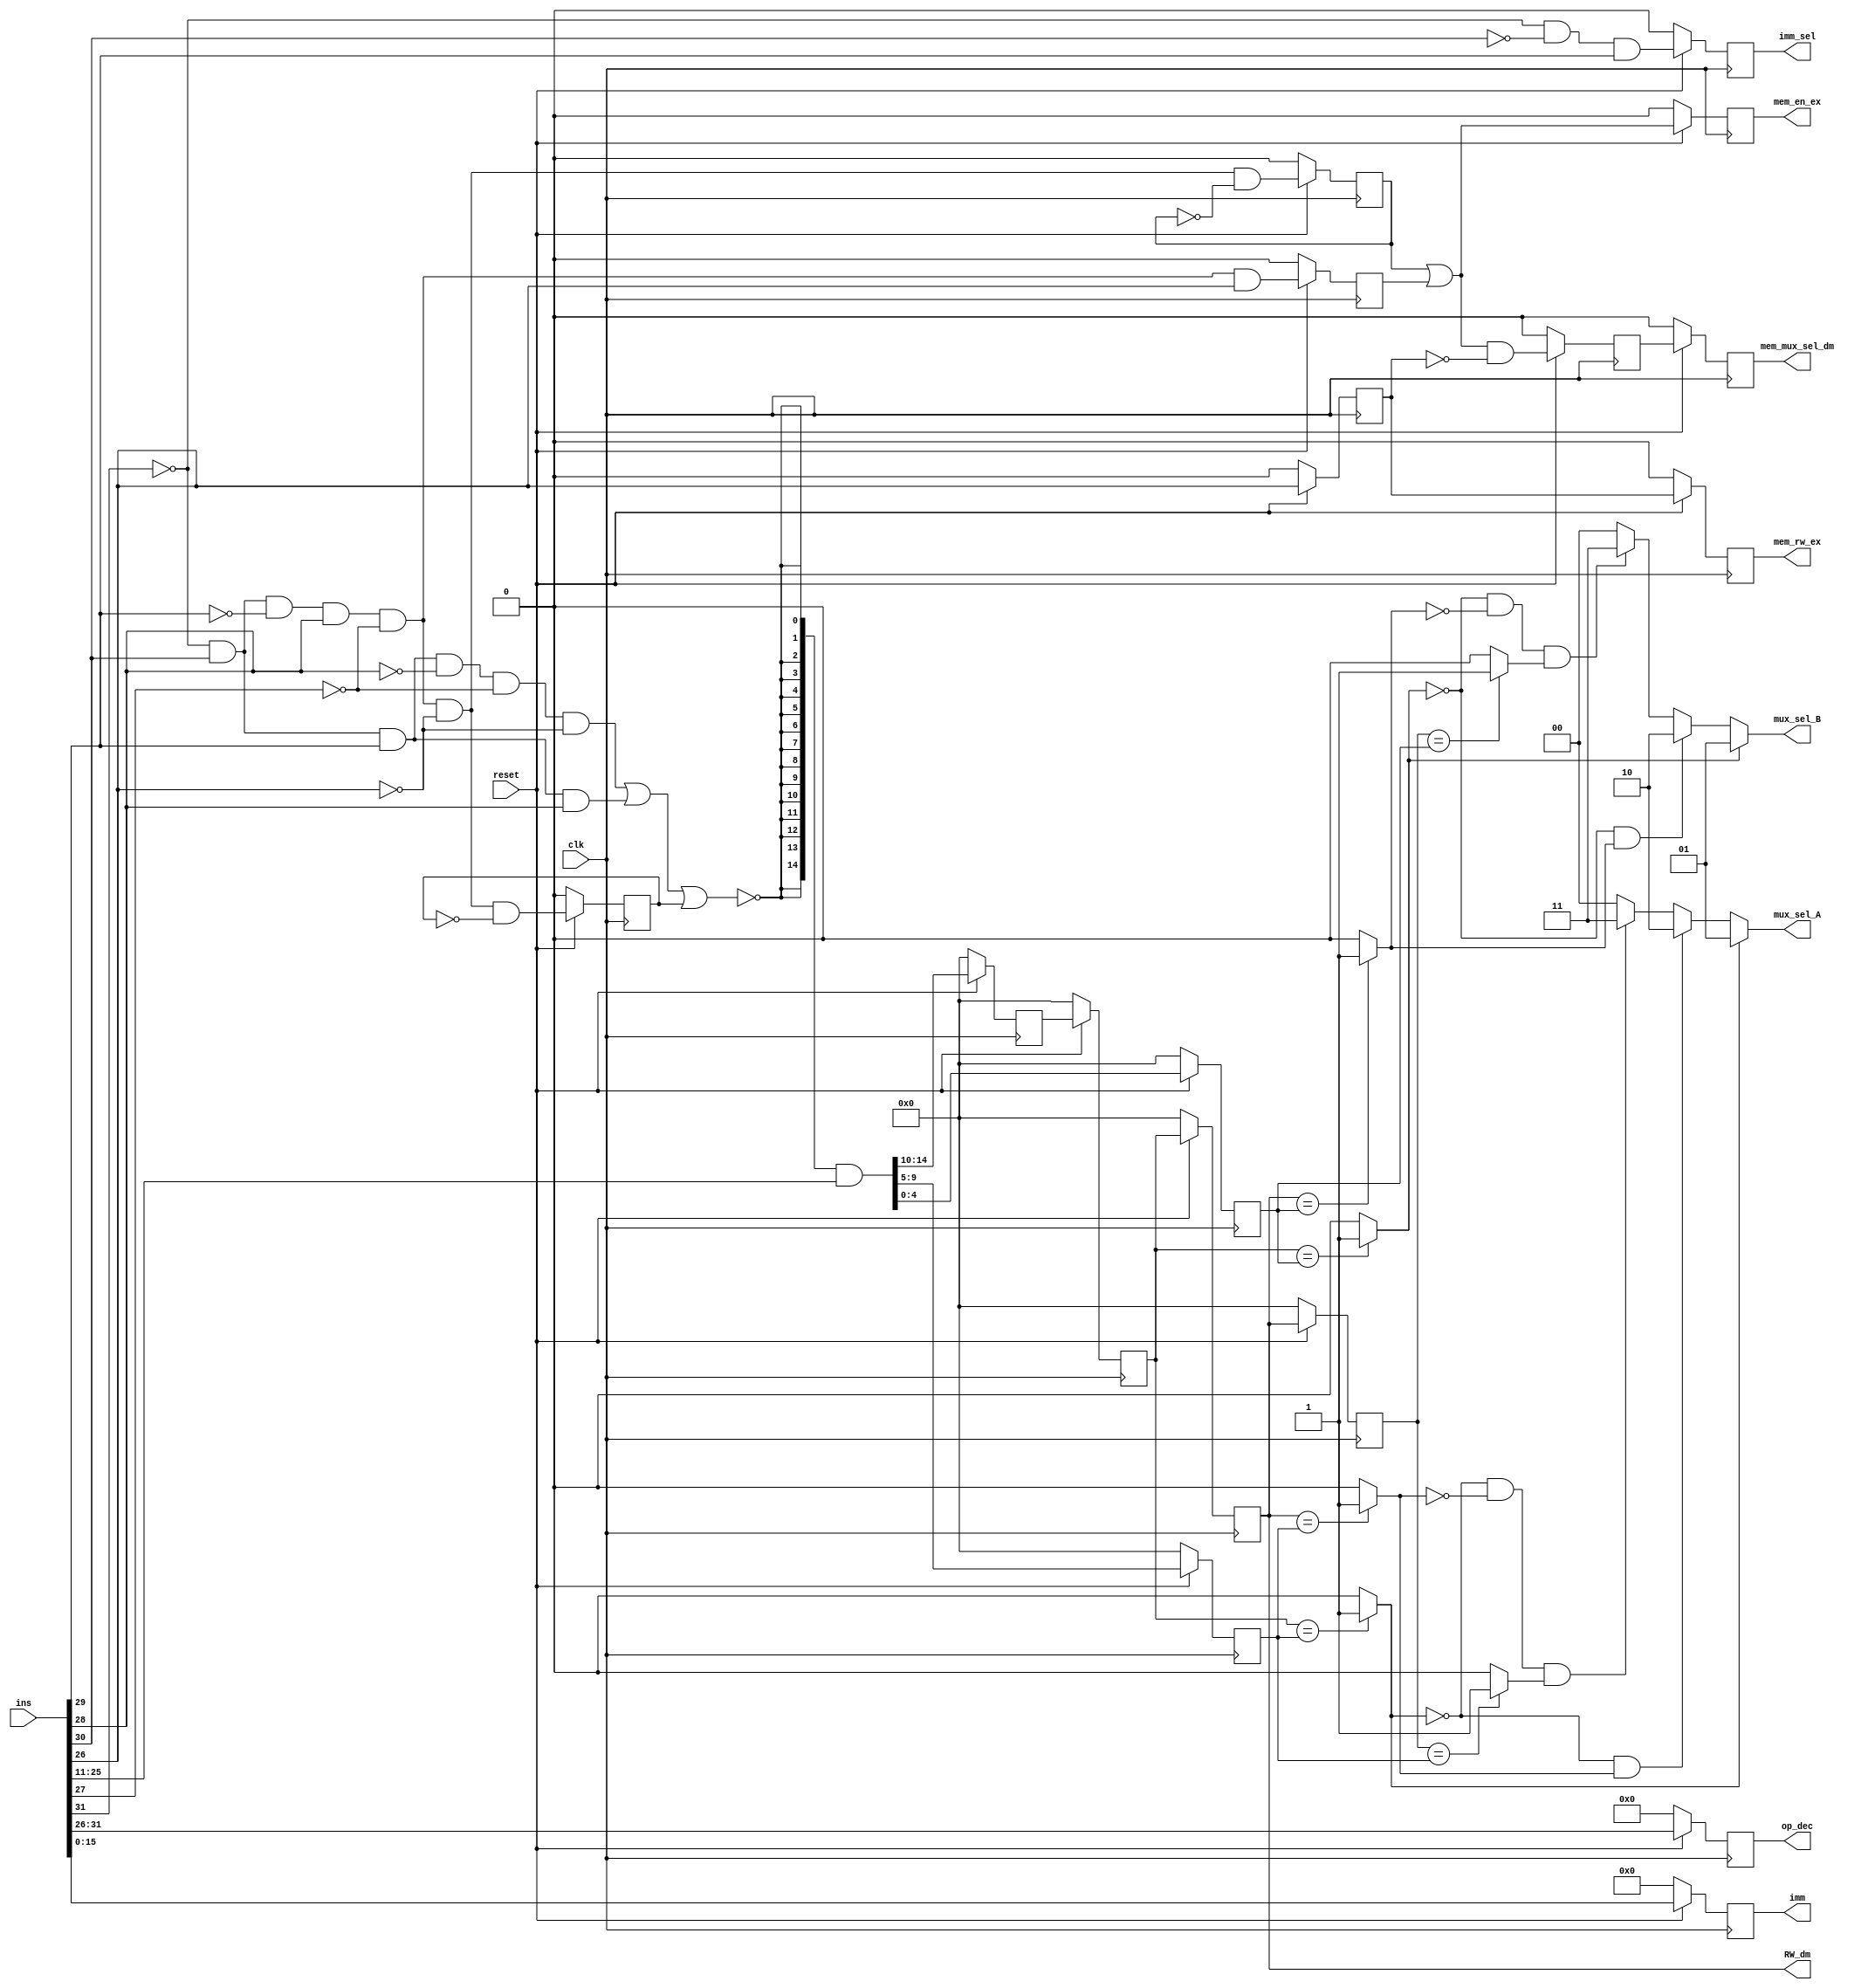
`timescale 1ns / 1ps
//////////////////////////////////////////////////////////////////////////////////
// Company: 
// Engineer: 
// 
// Design Name: 
// Module Name:    DC_Block 
// Project Name: 
// Target Devices: 
// Tool versions: 
// Description: 
//
// Dependencies: 
//
// Revision: 
// Revision 0.01 - File Created
// Additional Comments: 
//
//////////////////////////////////////////////////////////////////////////////////
module DC_block(ins,clk,reset,imm,op_dec,RW_dm,mux_sel_A,mux_sel_B,imm_sel,mem_en_ex,mem_rw_ex,mem_mux_sel_dm);

input clk,reset;
input [31:0] ins;
output reg [15:0] imm;
output reg [5:0] op_dec;
output [4:0] RW_dm;
output [1:0] mux_sel_A , mux_sel_B;
output imm_sel,mem_en_ex,mem_rw_ex,mem_mux_sel_dm;

wire JMP , Cond_J, LD_fb , imm_flag ,ld ,ST ,c1,c2,c3,c4,c5,c6,Pri_a1,Pri_a2,Pri_b1,Pri_b2,D2 , ext_inp;
wire [14:0] ext_out;
wire [14:0] R;
reg [4:0] R1,R2,R3,R3a,R3b,R3c;
reg Q1, Q2, Q3, Q4, Q5, Q6, Q7, Q8, Q9;

always@(posedge clk)
begin
	if(reset == 1'b0)
	begin 
		Q1 <= 1'b0;
	end
	else
	begin
		Q1 <= LD_fb;
	end
end

always@(posedge clk)
begin
	if(reset == 1'b0)
	begin 
		Q9 <= 1'b0;
	end
	else
	begin
		Q9 <= imm_flag;
	end
end

always@(posedge clk)
begin
	if(reset == 1'b0)
	begin 
		imm <= 16'b0000000000000000;
	end
	else
	begin
		imm <= ins[15:0];
	end
end

always@(posedge clk)
begin
	if(reset == 1'b0)
	begin 
		op_dec <= 6'b000000;
	end
	else
	begin
		op_dec <= ins[31:26];
	end
end

assign JMP = (~ins[31]) & ins[30] & ins[29] & (~ins[28]) & (~ins[27]) & (~ins[26]); 
assign Cond_J = (~ins[31]) & ins[30] & ins[29] & (ins[28]);
assign LD_fb = (~ins[31]) & ins[30] & (~ins[29]) & (ins[28]) & (~ins[27]) & (~ins[26]) & (~Q1); 
assign imm_flag = (~ins[31]) & (~ins[30]) & (ins[29]) ;
assign ld =  (~ins[31]) & ins[30] & (~ins[29]) & (ins[28]) & (~ins[27]) & (~ins[26]);
assign ST =  (~ins[31]) & ins[30] & (~ins[29]) & (ins[28]) & (~ins[27]) & ins[26];
assign D2 =  ld & (~Q2);
assign D5 = (Q2|Q4) & (~Q3);
assign mem_rw_ex = Q6;
assign mem_mux_sel_dm = Q8;
assign mem_en_ex = Q7;
assign imm_sel = Q9;
assign ext_inp = ~(JMP|Cond_J|Q1);
assign ext_out = {15{ext_inp}};
assign R = ext_out & ins[25:11];

assign c1 = (R3a==R2) ? 1'b1 : 1'b0;
assign c2 = (R3b==R2) ? 1'b1 : 1'b0;
assign c3 = (R3c==R2) ? 1'b1 : 1'b0;

assign c4 = (R3a==R1) ? 1'b1 : 1'b0;
assign c5 = (R3b==R1) ? 1'b1 : 1'b0;
assign c6 = (R3c==R1) ? 1'b1 : 1'b0;

assign Pri_a1 = (~c1)&c2;
assign Pri_a2 = (~c1)&(~c2)&c3;

assign Pri_b1 = (~c4)&c5;
assign Pri_b2 = (~c4)&(~c5)&c6;

assign mux_sel_A =  ((c1 == 1) ? 2'b01 : ((Pri_a1 == 1) ? 2'b10 : ((Pri_a2 == 1) ? 2'b11 : 2'b00)));
assign mux_sel_B =  ((c4 == 1) ? 2'b01 : ((Pri_b1 == 1) ? 2'b10 : ((Pri_b2 == 1) ? 2'b11 : 2'b00)));
                                        
always@(posedge clk)
begin 
	if(reset == 1'b0)
	begin 
		R1 <= 5'b00000;
		R2 <= 5'b00000;
		R3 <= 5'b00000;
		
		R3a <= 5'b00000;
		R3b <= 5'b00000;
		R3c <= 5'b00000;
	end
	else
	begin
		R1 <= R[4:0];
		R2 <= R[9:5];
		R3 <= R[14:10];
		
		R3a <= R3;
		R3b <= R3a;
		R3c <= R3b;
	end
end

assign RW_dm = R3b;

always@(posedge clk)
begin 
	if(reset == 1'b0)
	begin 
		Q2 <= 1'b0;
		Q3 <= 1'b0;
		Q4 <= 1'b0;
	end
	else
	begin
		Q2 <= D2;
		Q3 <= ins[26];
		Q4 <= ST;
	end
end

always@(posedge clk)
begin 
	if(reset == 1'b0)
	begin 
		Q5 <= 1'b0;
		Q6 <= 1'b0;
		Q7 <= 1'b0;
		Q8 <= 1'b0;
	end
	else
	begin
		Q5 <= D5;
		Q6 <= Q3;
		Q7 <= (Q2|Q4);
		Q8 <= Q5;
	end
end

endmodule